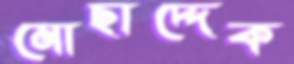
মোছাদ্দেক